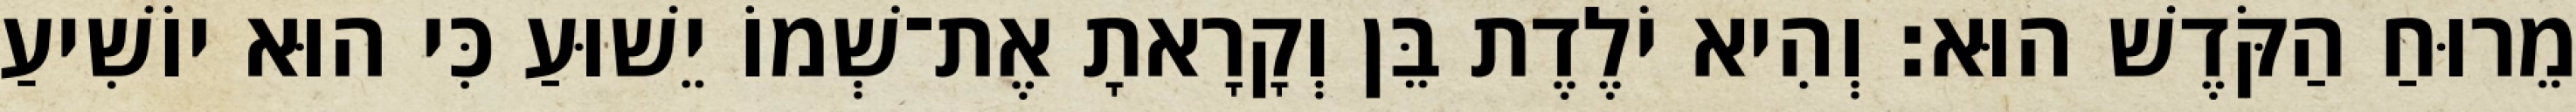
מֵרוּחַ הַקֹּדֶשׁ הוּא׃ וְהִיא יֹלֶדֶת בֵּן וְקָרָאתָ אֶת־שְׁמוֹ יֵשׁוּעַ כִּי הוּא יוֹשִׁיעַ